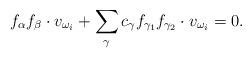
LaTeX: \begin{align*}f_\alpha f_\beta \cdot v_{\omega_i} + \sum_{\mathbf{\gamma}} c_{\mathbf{\gamma}} f_{\gamma_1} f_{\gamma_2}\cdot v_{\omega_i} = 0.\end{align*}